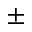
\pm